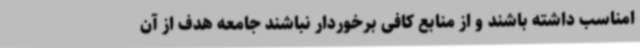
امناسب داشته باشند و از منابع کافی برخوردار نباشند جامعه هدف از آن